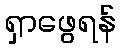
ရှာဖွေရန်